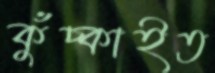
কুঁচ্‌কাইত